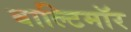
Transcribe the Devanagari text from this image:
बाल्टिमॉर